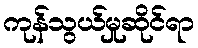
ကုန်သွယ်မှုဆိုင်ရာ